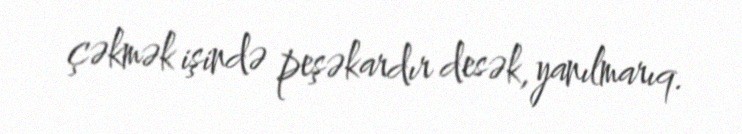
çəkmək işində peşəkardır desək, yanılmarıq.